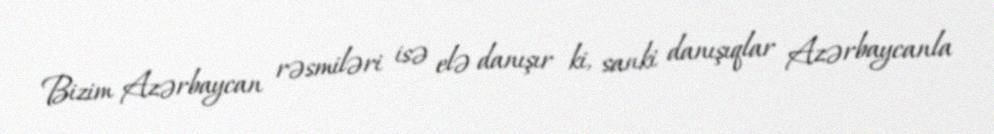
Bizim Azərbaycan rəsmiləri isə elə danışır ki, sanki danışıqlar Azərbaycanla